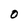
Character: O